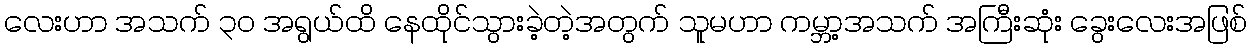
လေးဟာ အသက် ၃၀ အရွယ်ထိ နေထိုင်သွားခဲ့တဲ့အတွက် သူမဟာ ကမ္ဘာ့အသက် အကြီးဆုံး ခွေးလေးအဖြစ်